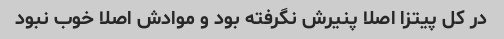
در کل پیتزا اصلا پنیرش نگرفته بود و موادش اصلا خوب نبود